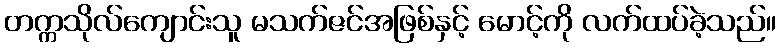
တက္ကသိုလ်ကျောင်းသူ မသက်ဇင်အဖြစ်နှင့် မောင့်ကို လက်ထပ်ခဲ့သည်။